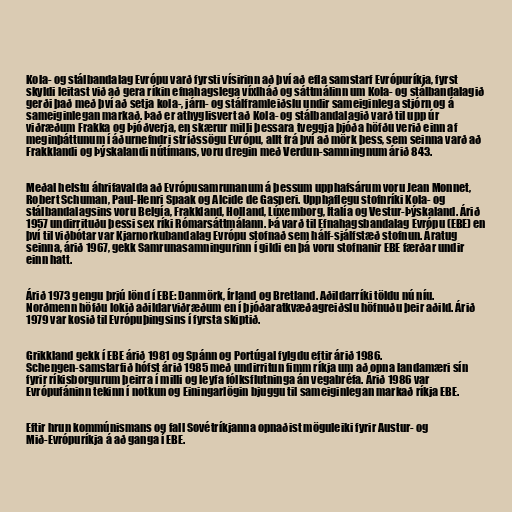
Kola- og stálbandalag Evrópu varð fyrsti vísirinn að því að efla samstarf Evrópuríkja, fyrst
skyldi leitast við að gera ríkin efnahagslega víxlháð og sáttmálinn um Kola- og stálbandalagið
gerði það með því að setja kola-, járn- og stálframleiðslu undir sameiginlega stjórn og á
sameiginlegan markað. Það er athyglisvert að Kola- og stálbandalagið varð til upp úr
viðræðum Frakka og Þjóðverja, en skærur milli þessara tveggja þjóða höfðu verið einn af
meginþáttunum í áðurnefndri stríðssögu Evrópu, allt frá því að mörk þess, sem seinna varð að
Frakklandi og Þýskalandi nútímans, voru dregin með Verdun-samningnum árið 843.

Meðal helstu áhrifavalda að Evrópusamrunanum á þessum upphafsárum voru Jean Monnet,
Robert Schuman, Paul-Henri Spaak og Alcide de Gasperi. Upphaflegu stofnríki Kola- og
stálbandalagsins voru Belgía, Frakkland, Holland, Lúxemborg, Ítalía og Vestur-Þýskaland. Árið
1957 undirrituðu þessi sex ríki Rómarsáttmálann. Þá varð til Efnahagsbandalag Evrópu (EBE) en
því til viðbótar var Kjarnorkubandalag Evrópu stofnað sem hálf-sjálfstæð stofnun. Áratug
seinna, árið 1967, gekk Samrunasamningurinn í gildi en þá voru stofnanir EBE færðar undir
einn hatt.

Árið 1973 gengu þrjú lönd í EBE: Danmörk, Írland og Bretland. Aðildarríki töldu nú níu.
Norðmenn höfðu lokið aðildarviðræðum en í þjóðaratkvæðagreiðslu höfnuðu þeir aðild. Árið
1979 var kosið til Evrópuþingsins í fyrsta skiptið.

Grikkland gekk í EBE árið 1981 og Spánn og Portúgal fylgdu eftir árið 1986.
Schengen-samstarfið hófst árið 1985 með undirritun fimm ríkja um að opna landamæri sín
fyrir ríkisborgurum þeirra í milli og leyfa fólksflutninga án vegabréfa. Árið 1986 var
Evrópufáninn tekinn í notkun og Einingarlögin bjuggu til sameiginlegan markað ríkja EBE.

Eftir hrun kommúnismans og fall Sovétríkjanna opnaðist möguleiki fyrir Austur- og
Mið-Evrópuríkja á að ganga í EBE.